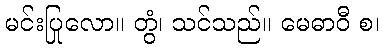
မင်းပြုလော။ တွံ၊ သင်သည်။ မေဓာဝီ စ၊